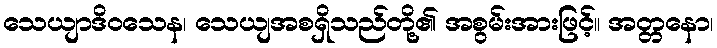
သေယျာဒိဝသေန၊ သေယျအစရှိသည်တို့၏ အစွမ်းအားဖြင့်။ အတ္တနော၊